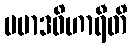
ပမာဒဝိဟာရီတိ